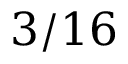
3 / 1 6